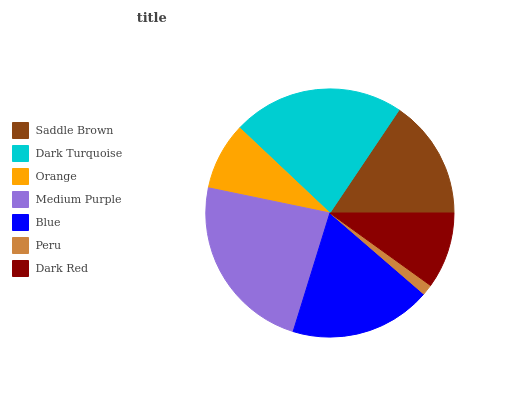
| Saddle Brown | Dark Turquoise | Orange | Medium Purple | Blue | Peru | Dark Red |
 | --- | --- | --- | --- | --- | --- | --- |
 | 15.6% | 22.4% | 8.78% | 23.4% | 18.5% | 1.4% | 9.93% |